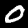
Digit: 0